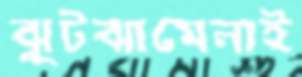
ঝুটঝামেলাই